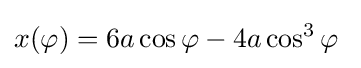
x(\varphi )=6a\cos \varphi -4a\cos ^{3}\varphi \